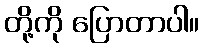
တို့ကို ပြောတာပါ။